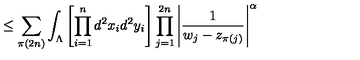
\leq \sum _ { \pi ( 2 n ) } \int _ { \Lambda } \left[ \prod _ { i = 1 } ^ { n } d ^ { 2 } x _ { i } d ^ { 2 } y _ { i } \right] \prod _ { j = 1 } ^ { 2 n } \Bigg | \frac { 1 } { w _ { j } - z _ { \pi ( j ) } } \Bigg | ^ { \alpha }